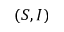
( S , I )